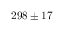
2 9 8 \pm 1 7